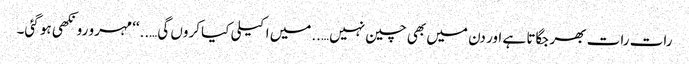
رات رات بھر جگاتا ہے اور دن میں بھی چین نہیں…..میں اکیلی کیا کروں گی…..‘‘ مہرو رونکھی ہو گئی۔